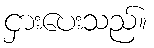
ငှားပေးသည်။